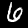
Digit: 6